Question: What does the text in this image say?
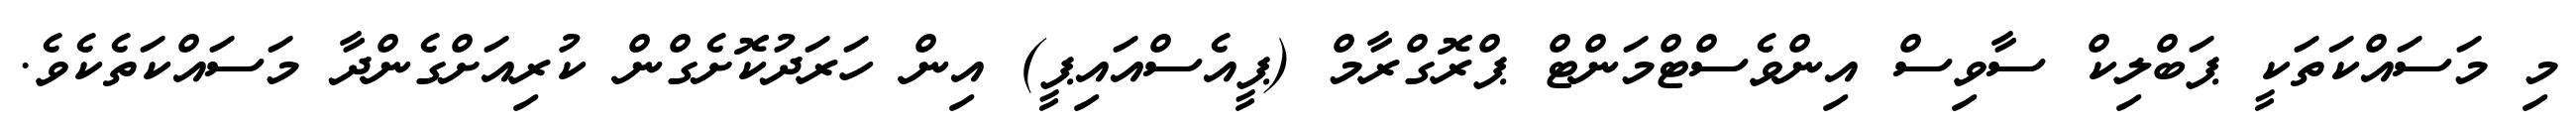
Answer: މި މަސައްކަތަކީ ޕަބްލިކް ސާވިސް އިންވެސްޓްމަންޓް ޕްރޮގްރާމް (ޕީއެސްއައިޕީ) އިން ހަރަދުކޮށެގްން ކުރިއަށްގެންދާ މަސައްކަތެކެވެ.